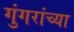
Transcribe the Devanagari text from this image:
गुंगरांच्या